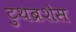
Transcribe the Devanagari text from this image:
टुथब्रशेस